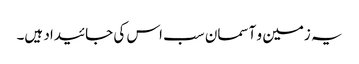
یہ زمین و آسمان سب اس کی جائیداد ہیں۔